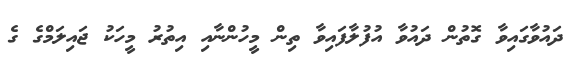
ދައުވާގައިވާ ގޮތުން ދައުވާ އުފުލާފައިވާ ތިން މީހުންނާއި އިތުރު މީހަކު ޖައިލަމްގެ ގެ